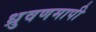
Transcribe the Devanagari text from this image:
ध्रुवणमापी